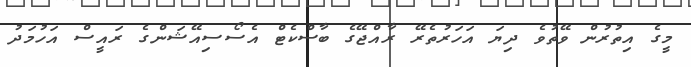
މީގެ އިތުރުން ވޭތުވެ ދިޔަ އަހަރުތެރޭ ރާއްޖޭގެ ބާސްކެޓް އެސޯސިއޭޝަންގެ ރައީސް އަހުމަދު